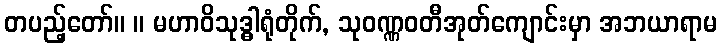
တပည့်တော်။ ။ မဟာဝိသုဒ္ဓါရုံတိုက်, သုဝဏ္ဏဝတီအုတ်ကျောင်းမှာ အဘယာရာမ